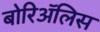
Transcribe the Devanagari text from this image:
बोरिॲलिस